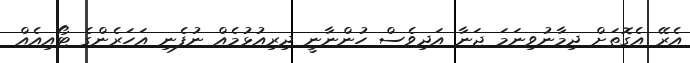
އެރޭ އެގޮތަށް ދިމާނުވިނަމަ ޖަނާ އަދިވެސް ހުންނާނީ ދިރިއުޅުމެއް ނުފެނި އަހަރެންގެ ޓޯއިއެއް